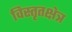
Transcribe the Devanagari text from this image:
विस्तृतक्षेत्र